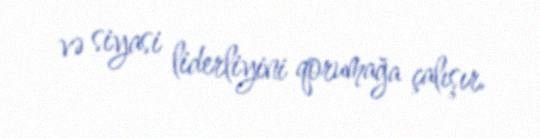
və siyasi liderliyini qorumağa çalışır.